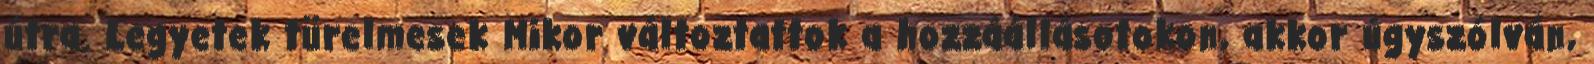
útra. Legyetek türelmesek Mikor változtattok a hozzáállásotokon, akkor úgyszólván,